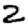
Digit: 2